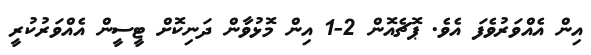
އިން އެއްވަރުވެފަ އެވެ. ޕޮޗެއޮން 2-1 އިން މޮޅުވާން ދަނިކޮށް ޓީސީން އެއްވަރުކުރީ